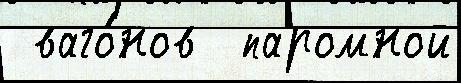
 ваго́нов  паромной